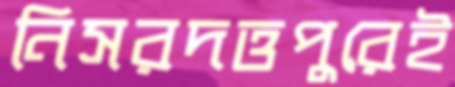
নিসরদত্তপুরেই